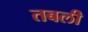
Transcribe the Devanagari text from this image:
तबली